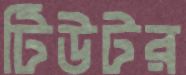
টিউটর